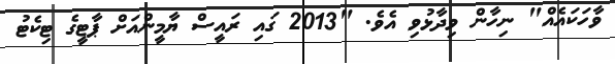
ވާހަކައެއް" ނިހާން ވިދާޅުވި އެވެ. "2013 ގައި ރައީސް ޔާމީންއަށް ޕާޓީގެ ޓިކެޓު